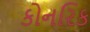
કોનરિક